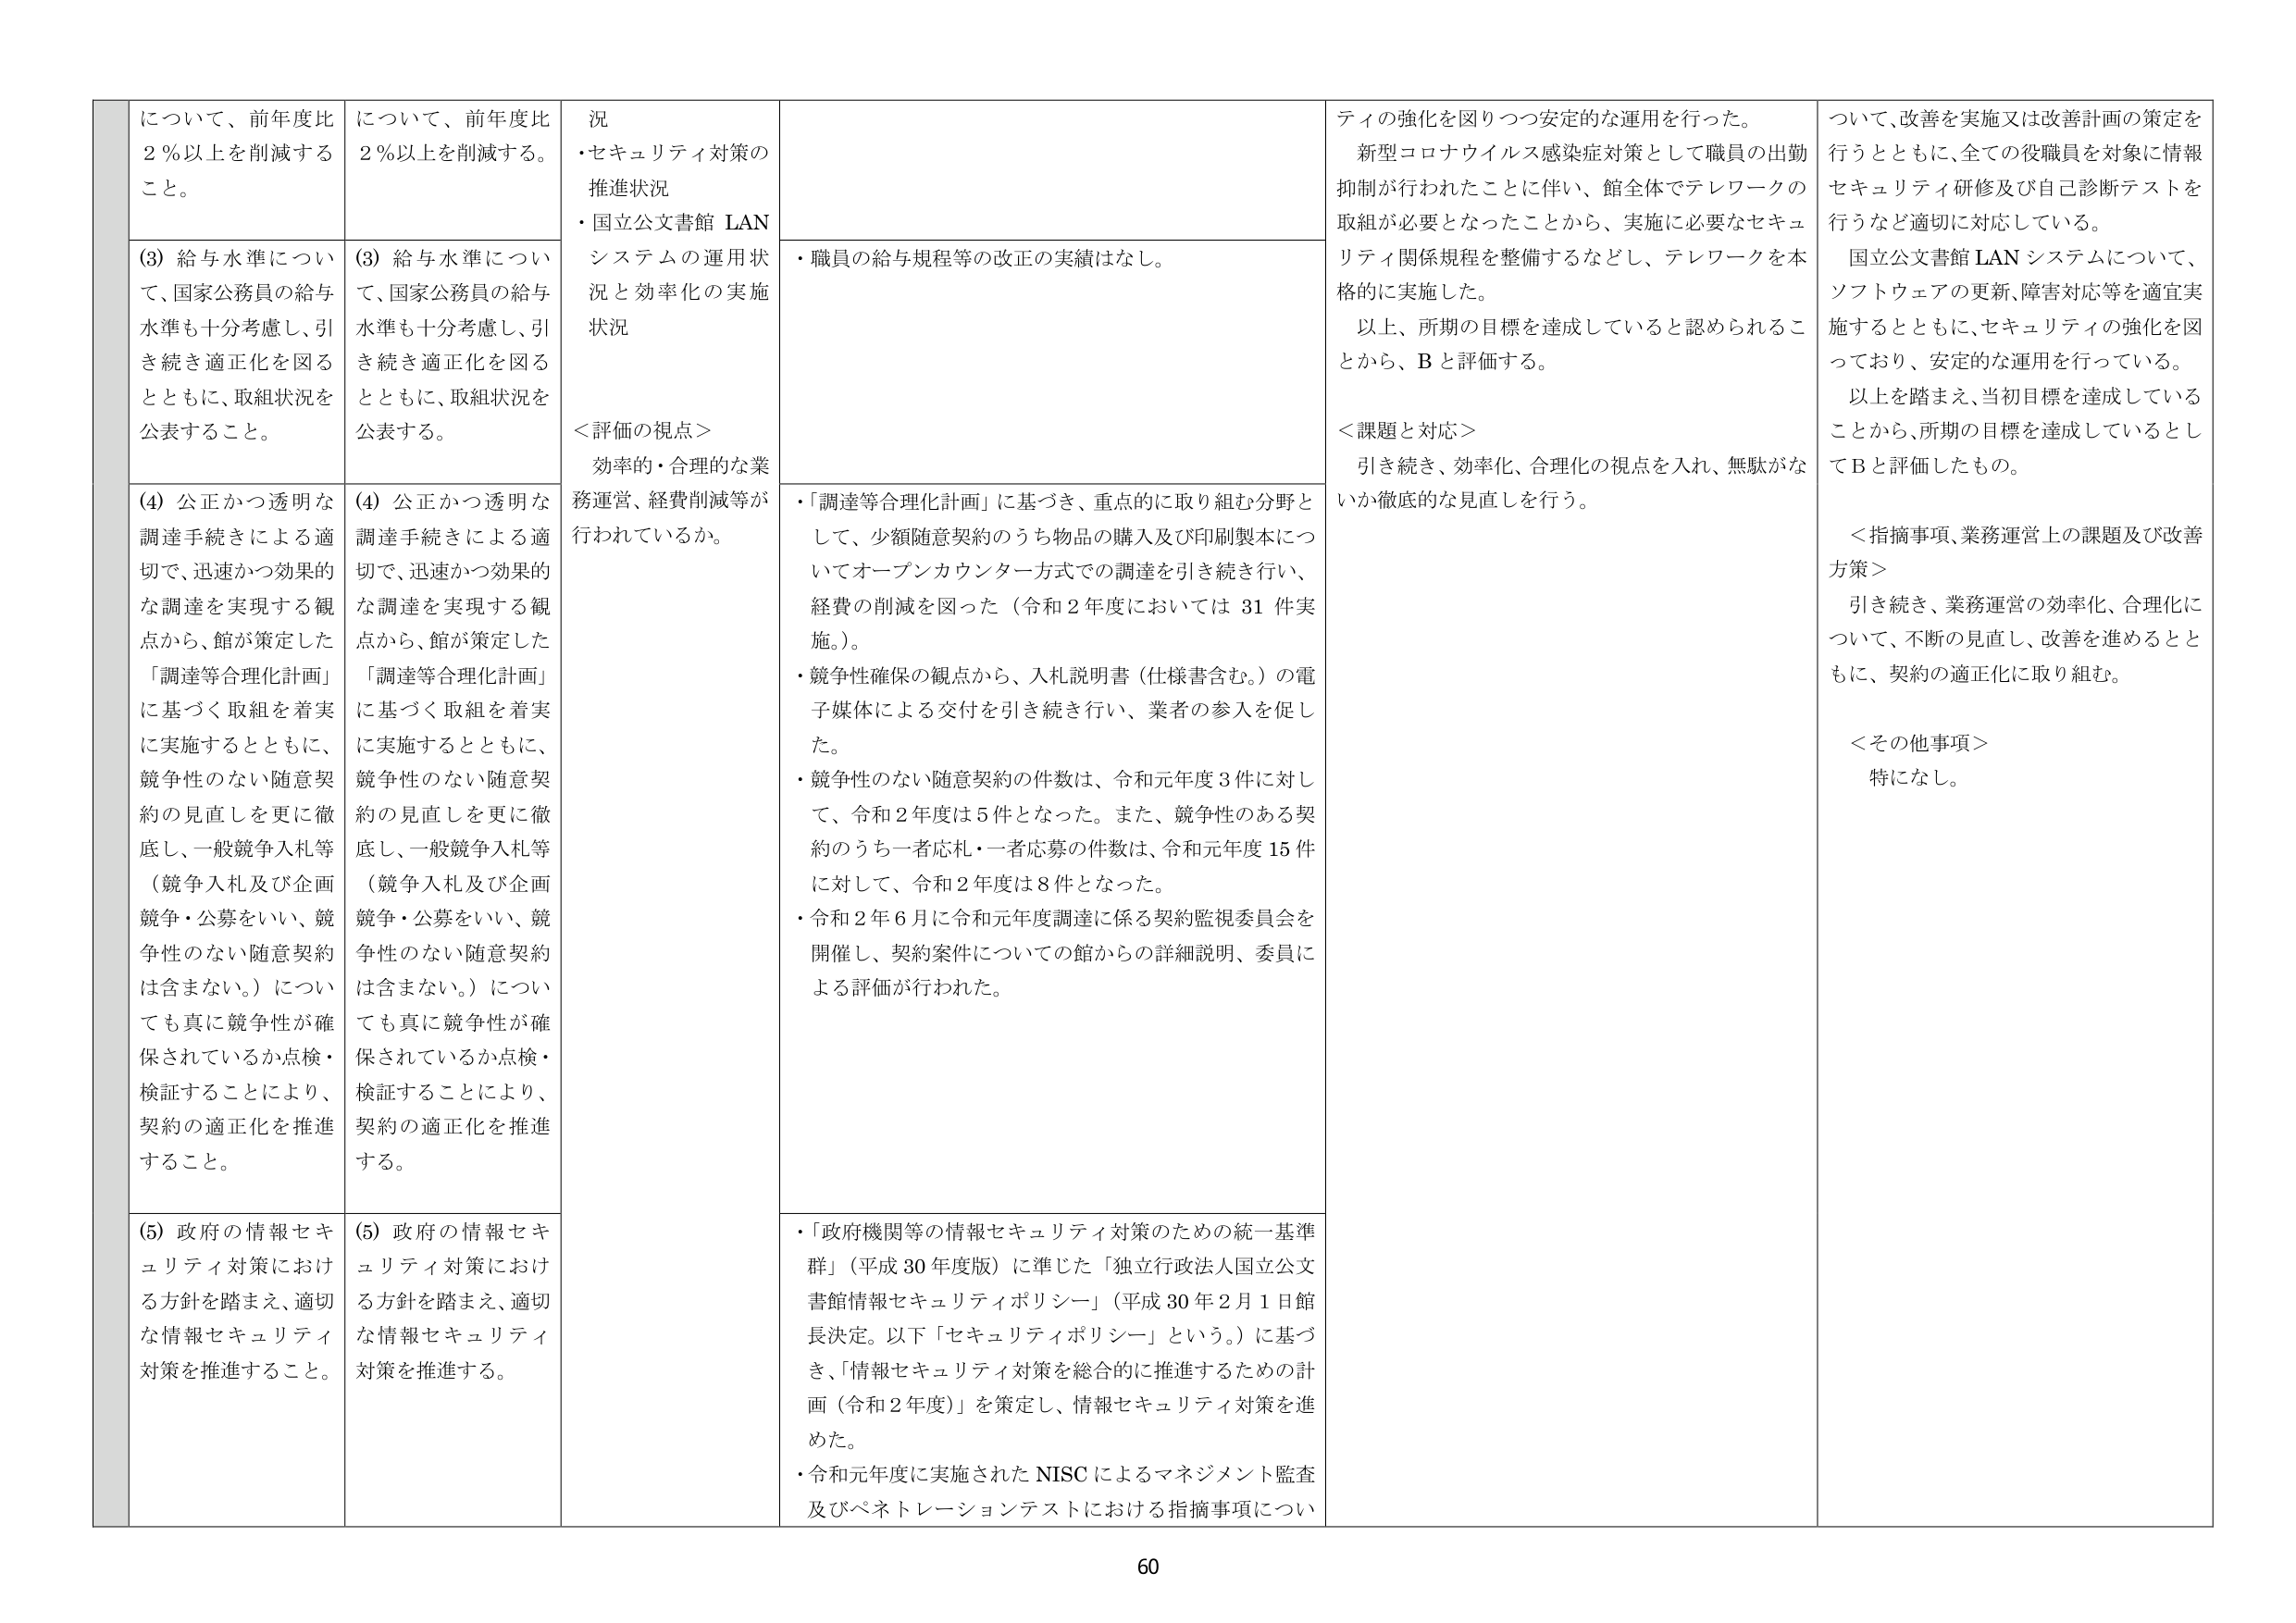
について、前年度比
2％以上を削減する
こと。
について、前年度比
2％以上を削減する。
況
・セキュリティ対策の
推進状況
・国立公文書館 LAN
システムの運用状
況と効率化の実施
状況
＜評価の視点＞
効率的・合理的な業
務運営、経費削減等が
行われているか。
・職員の給与規程等の改正の実績はなし。
・「調達等合理化計画」に基づき、重点的に取り組む分野と
して、少額随意契約のうち物品の購入及び印刷製本につ
いてオープンカウンター方式での調達を引き続き行い、
経費の削減を図った（令和2年度においては31件実
施。）。
・競争性確保の観点から、入札説明書（仕様書含む。）の電
子媒体による交付を引き続き行い、業者の参入を促し
た。
・競争性のない随意契約の件数は、令和元年度3件に対し
て、令和2年度は5件となった。また、競争性のある契
約のうち一者応札・一者応募の件数は、令和元年度15件
に対して、令和2年度は8件となった。
・令和2年6月に令和元年度調達に係る契約監視委員会を
開催し、契約案件についての館からの詳細説明、委員に
よる評価が行われた。
・「政府機関等の情報セキュリティ対策のための統一基準
群」（平成30年度版）に準じた「独立行政法人国立公文
書館情報セキュリティポリシー」（平成30年2月1日館
長決定。以下「セキュリティポリシー」という。）に基づ
き、「情報セキュリティ対策を総合的に推進するための計
画（令和2年度）」を策定し、情報セキュリティ対策を進
めた。
・令和元年度に実施されたNISCによるマネジメント監査
及びペネトレーションテストにおける指摘事項につい
ティの強化を図りつつ安定的な運用を行った。
新型コロナウイルス感染症対策として職員の出勤
抑制が行われたことに伴い、館全体でテレワークの
取組が必要となったことから、実施に必要なセキュ
リティ関係規程を整備するなどし、テレワークを本
格的に実施した。
以上、所期の目標を達成していると認められるこ
とから、Bと評価する。
＜課題と対応＞
引き続き、効率化、合理化の視点を入れ、無駄がな
いか徹底的な見直しを行う。
について、改善を実施又は改善計画の策定を
行うとともに、全ての役職員を対象に情報
セキュリティ研修及び自己診断テストを
行うなど適切に対応している。
国立公文書館LANシステムについて、
ソフトウェアの更新、障害対応等を適宜実
施するとともに、セキュリティの強化を図
っており、安定的な運用を行っている。
以上を踏まえ、当初目標を達成している
ことから、所期の目標を達成しているとし
てBと評価したもの。
＜指摘事項、業務運営上の課題及び改善
方策＞
引き続き、業務運営の効率化、合理化に
ついて、不断の見直し、改善を進めるとと
もに、契約の適正化に取り組む。
＜その他事項＞
特になし。
(3) 給与水準について、国家公務員の給与
水準も十分考慮し、引
き続き適正化を図る
とともに、取組状況を
公表すること。
(3) 給与水準について、国家公務員の給与
水準も十分考慮し、引
き続き適正化を図る
とともに、取組状況を
公表する。
(4) 公正かつ透明な
調達手続きによる適
切で、迅速かつ効果的
な調達を実現する観
点から、館が策定した
「調達等合理化計画」
に基づく取組を着実
に実施するとともに、
競争性のない随意契
約の見直しを更に徹
底し、一般競争入札等
（競争入札及び企画
競争・公募をいい、競
争性のない随意契約
は含まない。）につい
ても真に競争性が確
保されているか点検・
検証することにより、
契約の適正化を推進
すること。
(4) 公正かつ透明な
調達手続きによる適
切で、迅速かつ効果的
な調達を実現する観
点から、館が策定した
「調達等合理化計画」
に基づく取組を着実
に実施するとともに、
競争性のない随意契
約の見直しを更に徹
底し、一般競争入札等
（競争入札及び企画
競争・公募をいい、競
争性のない随意契約
は含まない。）につい
ても真に競争性が確
保されているか点検・
検証することにより、
契約の適正化を推進
する。
(5) 政府の情報セキ
ュリティ対策におけ
る方針を踏まえ、適切
な情報セキュリティ
対策を推進すること。
(5) 政府の情報セキ
ュリティ対策におけ
る方針を踏まえ、適切
な情報セキュリティ
対策を推進する。
60